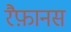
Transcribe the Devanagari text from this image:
रैफ़ानस